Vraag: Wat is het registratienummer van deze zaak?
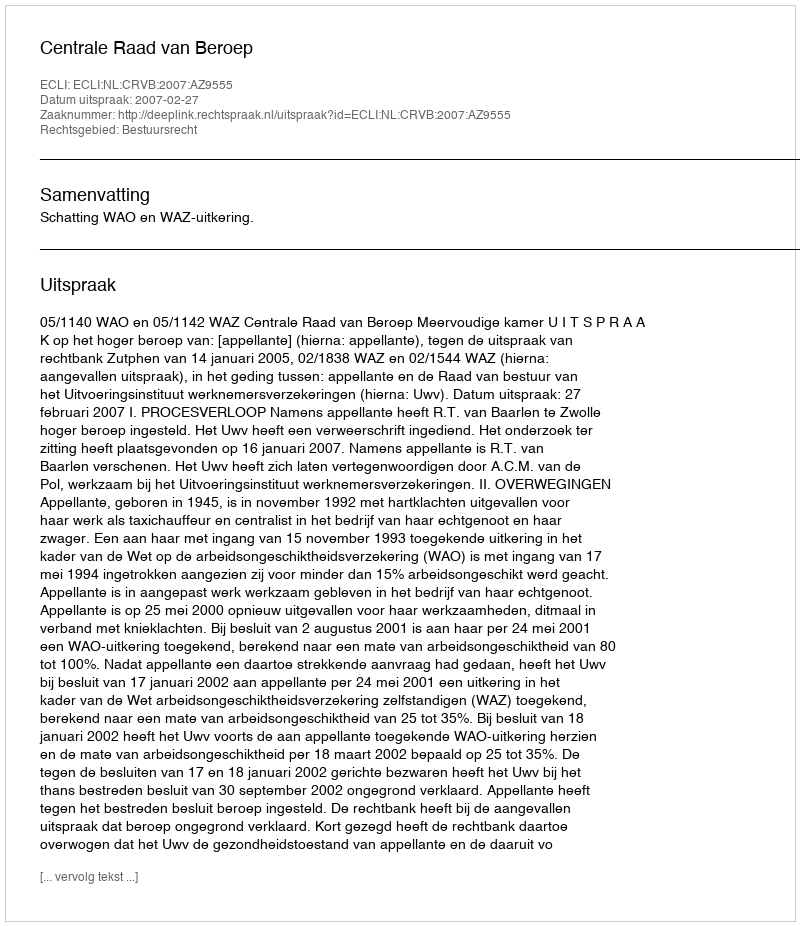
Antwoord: http://deeplink.rechtspraak.nl/uitspraak?id=ECLI:NL:CRVB:2007:AZ9555